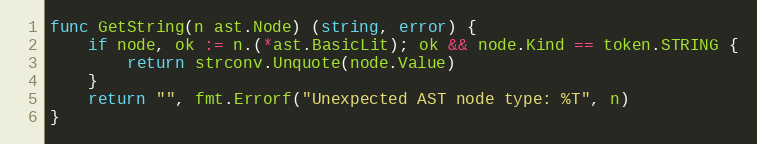
Language: Go
func GetString(n ast.Node) (string, error) {
	if node, ok := n.(*ast.BasicLit); ok && node.Kind == token.STRING {
		return strconv.Unquote(node.Value)
	}
	return "", fmt.Errorf("Unexpected AST node type: %T", n)
}